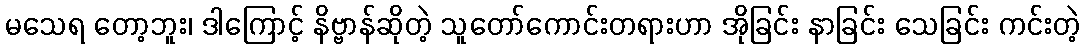
မသေရ တော့ဘူး၊ ဒါကြောင့် နိဗ္ဗာန်ဆိုတဲ့ သူတော်ကောင်းတရားဟာ အိုခြင်း နာခြင်း သေခြင်း ကင်းတဲ့